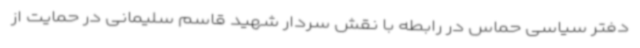
دفتر سیاسی حماس در رابطه با نقش سردار شهید قاسم سلیمانی در حمایت از